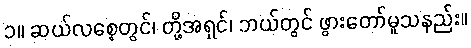
၁။ ဆယ်လစေ့တွင်၊ တို့အရှင်၊ ဘယ်တွင် ဖွားတော်မူသနည်း။